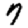
Digit: 7